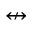
\nleftrightarrow